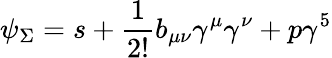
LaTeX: \psi_{\Sigma}=s+\frac{1}{2!}b_{\mu\nu}\gamma^{\mu}\gamma^{\nu}+p\gamma^{5}